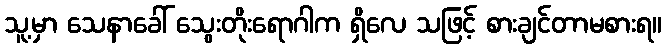
သူ့မှာ သေနာခေါ် သွေးတိုးရောဂါက ရှိလေ သဖြင့် စားချင်တာမစားရ။